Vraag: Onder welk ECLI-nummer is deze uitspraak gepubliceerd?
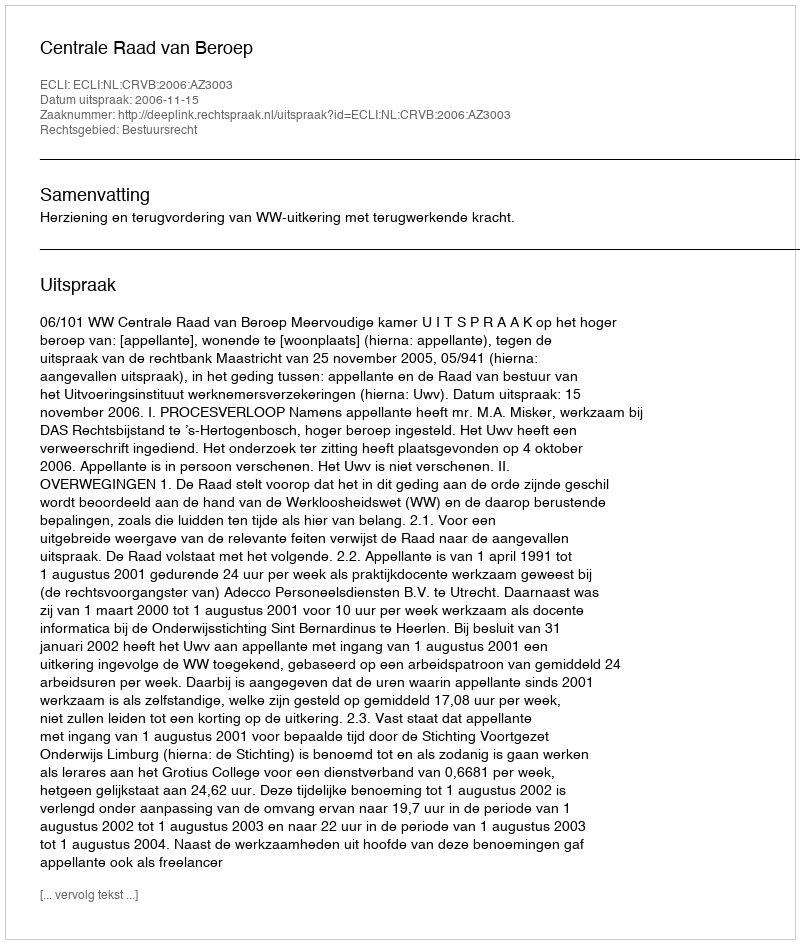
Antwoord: ECLI:NL:CRVB:2006:AZ3003